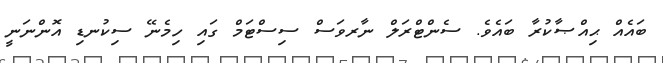
ބައެއް ޙިއްޞާކުރާ ބައެވެ. ސެންޓްރަލް ނާރވަސް ސިސްޓަމް ގައި ހިމެނޭ ސިކުނޑި އޮންނަނީ